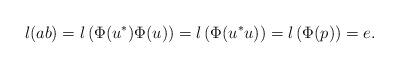
LaTeX: \begin{align*}l(ab) &= l\left(\Phi(u^\ast)\Phi(u)\right)=l\left(\Phi(u^\ast u)\right)=l\left(\Phi(p)\right)=e.\end{align*}